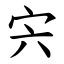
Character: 宍